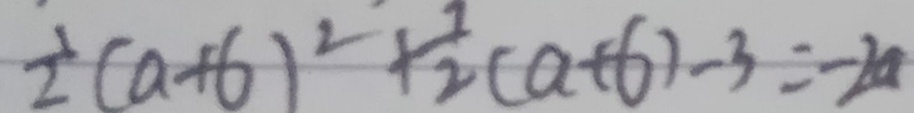
\frac { 1 } { 2 } ( a + 6 ) ^ { 2 } + \frac { 7 } { 2 } ( a + 6 ) - 3 = - 2 a